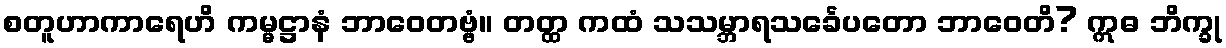
စတူဟာကာရေဟိ ကမ္မဋ္ဌာနံ ဘာဝေတဗ္ဗံ။ တတ္ထ ကထံ သသမ္ဘာရသင်္ခေပတော ဘာဝေတိ? ဣဓ ဘိက္ခု